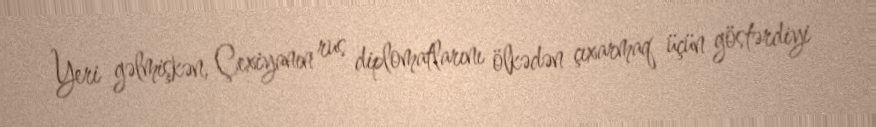
Yeri gəlmişkən, Çexiyanın rus diplomatlarını ölkədən çıxarmaq üçün göstərdiyi